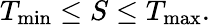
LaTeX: T_{\mathrm{min}}\leq S\leq T_{\mathrm{max}}.